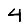
Digit: 4